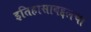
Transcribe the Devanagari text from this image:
इतिहासाबद्दलचा